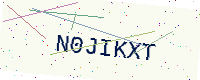
Text: N0JIKXT